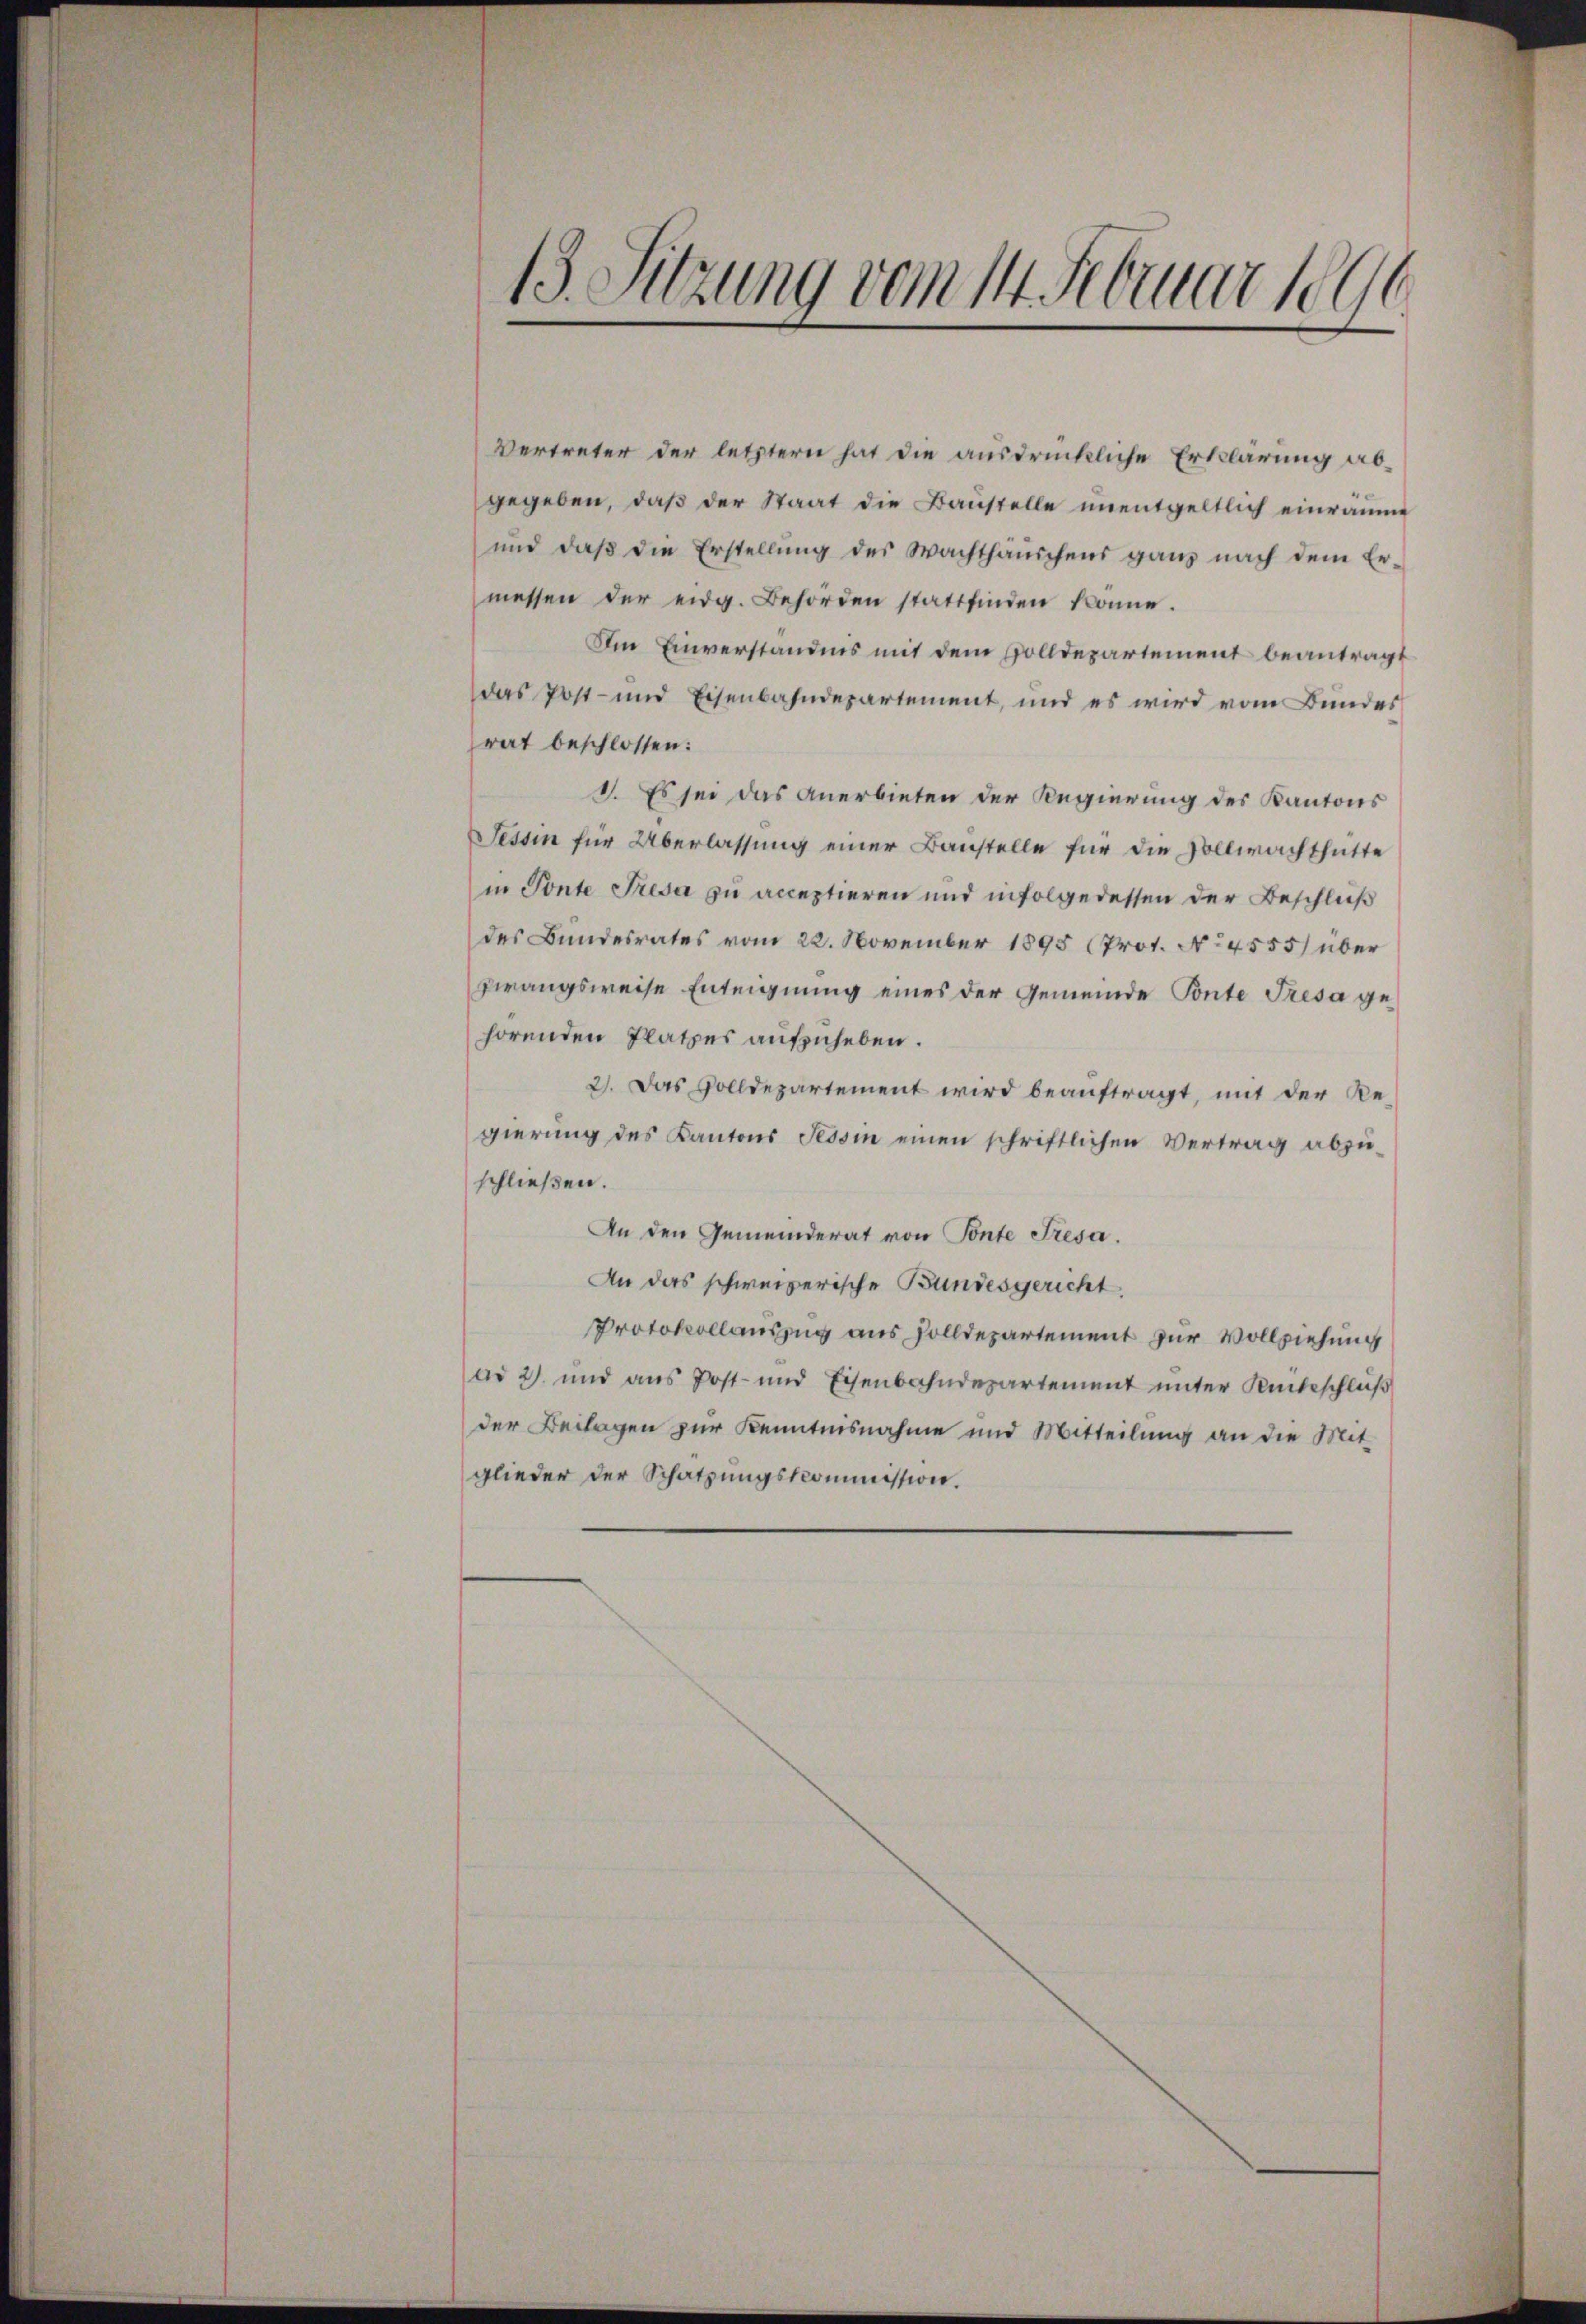
13. Sitzung vom 14. Februar 1890

Vertreter der letztern hat die ausdrückliche Erklärung abgegeben, daß der Staat die Baustelle unentgeltlich einräume
und daß die Erstellung des Wachthäuschens ganz nach dem Er-
messen der eidg. Behörden stattfinden könne.
Im Einverständnis mit dem Volldepartement beantragt
das Post- und Eisenbahndepartement, und es wird vom Bundes
rat beschlossen:
1. Es sei das Anerbieten der Regierung des Kantons
Tessin für Überlassung einer Baustelle für die Vollwachthütte
in Ponte Tresa zu acceptieren und infolgedessen der Beschluß
des Bundesrates vom 22. November 1895 (Prot. No 4555/ über
zwangsweise Enteignung eines der Gemeinde Ponte Tresa gehörenden Platzes aufzuheben.
2). Das volldepartement wird beauftragt, mit der Re-
gierung des Kantons Tessin einen schriftlichen Vertrag abzuschließen.
An den Gemeinderat von Ponte Fresa.
An das schweizerische Bundesgericht,
Protokollauszug aus solldepartement zur Vollziehung
ad 2. und aus Post- und Eisenbahndepartement unter Unbeschluß
der Beilagen zur Kenntnisnahme und Mitteilung an die Mit
glieder der Schatzungskommission.